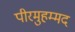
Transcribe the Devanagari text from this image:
पीरमुहम्मद